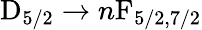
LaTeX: \mathrm{D}_{5/2}\to n\mathrm{F}_{5/2,7/2}